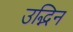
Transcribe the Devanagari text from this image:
उद्भिन